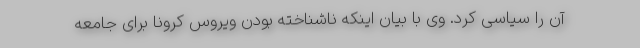
آن را سیاسی کرد. وی با بیان اینکه ناشناخته بودن ویروس کرونا برای جامعه